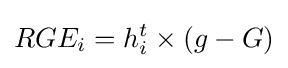
RGE_{i}=h_{i}^{t}\times \left(g-G\right)